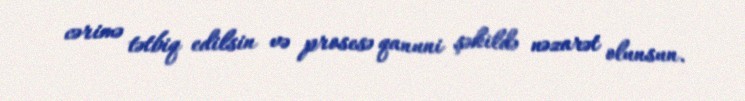
cərimə tətbiq edilsin və prosesə qanuni şəkildə nəzarət olunsun.